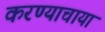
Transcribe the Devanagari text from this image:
करण्याचाया